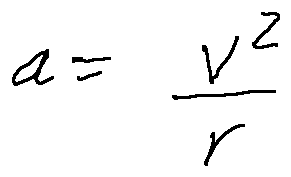
a = \frac { v ^ { 2 } } { r }